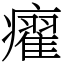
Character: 㿑